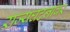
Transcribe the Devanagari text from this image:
राज्यघटनांवर